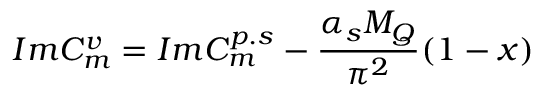
I m C _ { m } ^ { v } = I m C _ { m } ^ { p . s } - \frac { \alpha _ { s } M _ { Q } } { \pi ^ { 2 } } ( 1 - x )